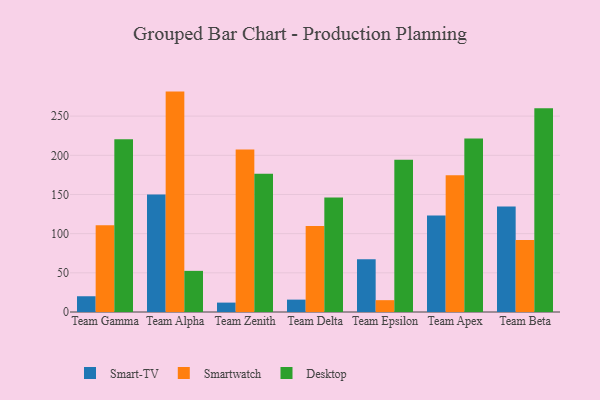
{"axis": {"x": "Team", "y": "Humidity (%)"}, "legend": ["Desktop", "Smart-TV", "Smartwatch"], "data": [{"x": "Team Gamma", "y": 20.1, "type": "Smart-TV"}, {"x": "Team Gamma", "y": 110.8, "type": "Smartwatch"}, {"x": "Team Gamma", "y": 220.4, "type": "Desktop"}, {"x": "Team Alpha", "y": 149.9, "type": "Smart-TV"}, {"x": "Team Alpha", "y": 281.3, "type": "Smartwatch"}, {"x": "Team Alpha", "y": 52.5, "type": "Desktop"}, {"x": "Team Zenith", "y": 12.0, "type": "Smart-TV"}, {"x": "Team Zenith", "y": 207.5, "type": "Smartwatch"}, {"x": "Team Zenith", "y": 176.3, "type": "Desktop"}, {"x": "Team Delta", "y": 15.8, "type": "Smart-TV"}, {"x": "Team Delta", "y": 109.9, "type": "Smartwatch"}, {"x": "Team Delta", "y": 146.1, "type": "Desktop"}, {"x": "Team Epsilon", "y": 67.3, "type": "Smart-TV"}, {"x": "Team Epsilon", "y": 15.1, "type": "Smartwatch"}, {"x": "Team Epsilon", "y": 194.3, "type": "Desktop"}, {"x": "Team Apex", "y": 123.3, "type": "Smart-TV"}, {"x": "Team Apex", "y": 174.6, "type": "Smartwatch"}, {"x": "Team Apex", "y": 221.5, "type": "Desktop"}, {"x": "Team Beta", "y": 134.8, "type": "Smart-TV"}, {"x": "Team Beta", "y": 91.8, "type": "Smartwatch"}, {"x": "Team Beta", "y": 260.0, "type": "Desktop"}]}